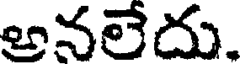
అనలేదు.